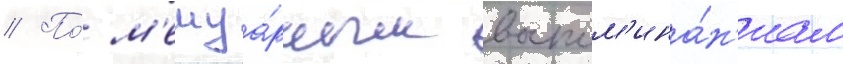
// По́ м'емуа́рным воспом'ина́н'иам